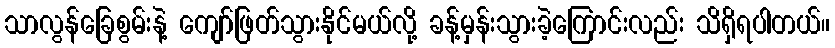
သာလွန်ခြေစွမ်းနဲ့ ကျော်ဖြတ်သွားနိုင်မယ်လို့ ခန့်မှန်းသွားခဲ့ကြောင်းလည်း သိရှိရပါတယ်။